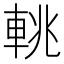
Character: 𨋫